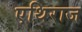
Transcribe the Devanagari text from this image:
एथिराज